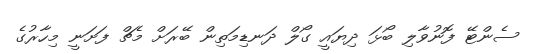
ސެންޓޭ ފޮނުވާލި ބޯޅަ ދިޔައީ ގޯލް ދަނޑިމަތިން ބޭރަށް މެޗް ފަށަނީ މިހާރުގެ